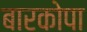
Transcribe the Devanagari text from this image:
बारकोपा